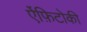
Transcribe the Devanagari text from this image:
ऐंफ़िटोकी